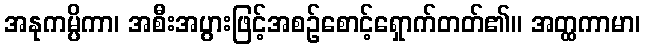
အနုကမ္ပိကာ၊ အစီးအပွားဖြင့်အစဉ်စောင့်ရှောက်တတ်၏။ အတ္ထကာမာ၊